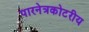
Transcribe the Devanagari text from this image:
पारनेत्रकोटरीय